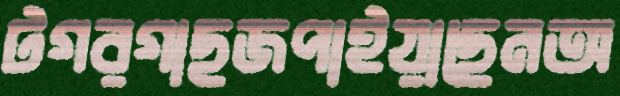
টগরগাছজপাইয়াছেনঅ